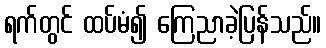
ရက်တွင် ထပ်မံ၍ ကြေညာခဲ့ပြန်သည်။